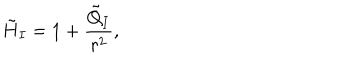
\tilde { H } _ { I } = 1 + \frac { \tilde { Q } _ { I } } { r ^ { 2 } } ,